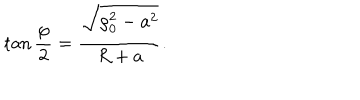
\tan { \frac { \varphi } { 2 } } = { \frac { \sqrt { \rho _ { 0 } ^ { 2 } - a ^ { 2 } } } { R + a } } .